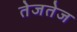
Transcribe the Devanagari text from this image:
तेजतेज